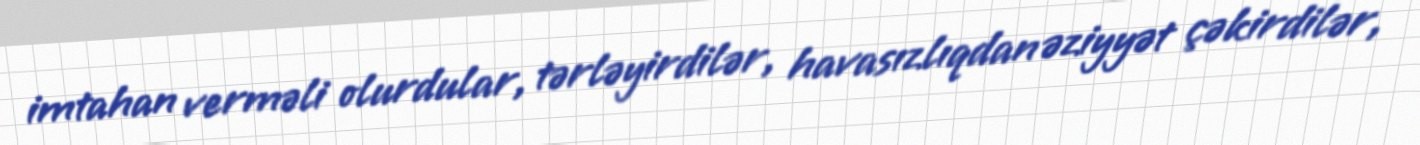
imtahan verməli olurdular, tərləyirdilər, havasızlıqdan əziyyət çəkirdilər,